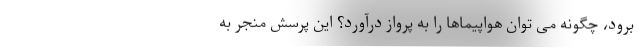
برود، چگونه می توان هواپیماها را به پرواز درآورد؟ این پرسش منجر به